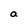
Character: a